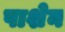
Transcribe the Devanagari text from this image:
पाशेन